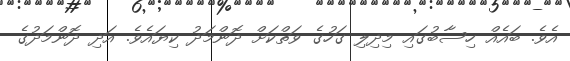
އެވެ. ބައެއް ހިސާބުގައި މިދިލި ގަހުގެ ވަތްކަށް ދޮންމަދު ކިޔައެވެ. އަދި ދޮންމަދުގެ